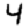
Digit: 4